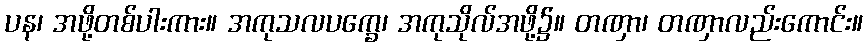
ပန၊ အဖို့တစ်ပါးကား။ အကုသလပက္ခေ၊ အကုသိုလ်အဖို့၌။ တဏှာ၊ တဏှာလည်းကောင်း။